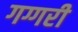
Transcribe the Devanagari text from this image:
गग्गरी